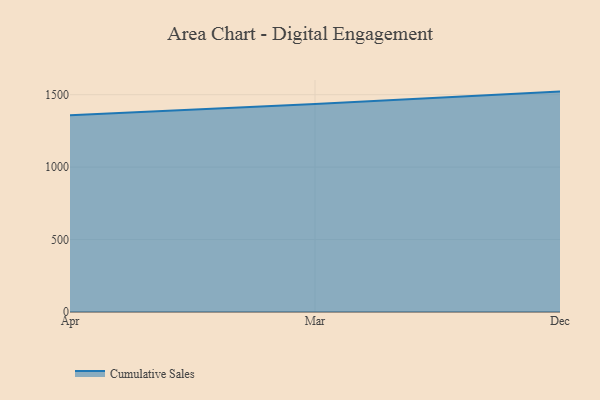
{"axis": {"x": "Month", "y": "Demand Index"}, "legend": ["Cumulative Sales"], "data": [{"x": "Apr", "y": 1358.6, "type": "Cumulative Sales"}, {"x": "Mar", "y": 1436.2, "type": "Cumulative Sales"}, {"x": "Dec", "y": 1521.2, "type": "Cumulative Sales"}]}